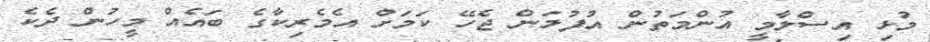
މުޅި އިސްލާމީ އުންމަތުން އުފުލަން ޖެހޭ ކަމަށް އެމެރިކާގެ ބައެއް މީހުން ދެކެ